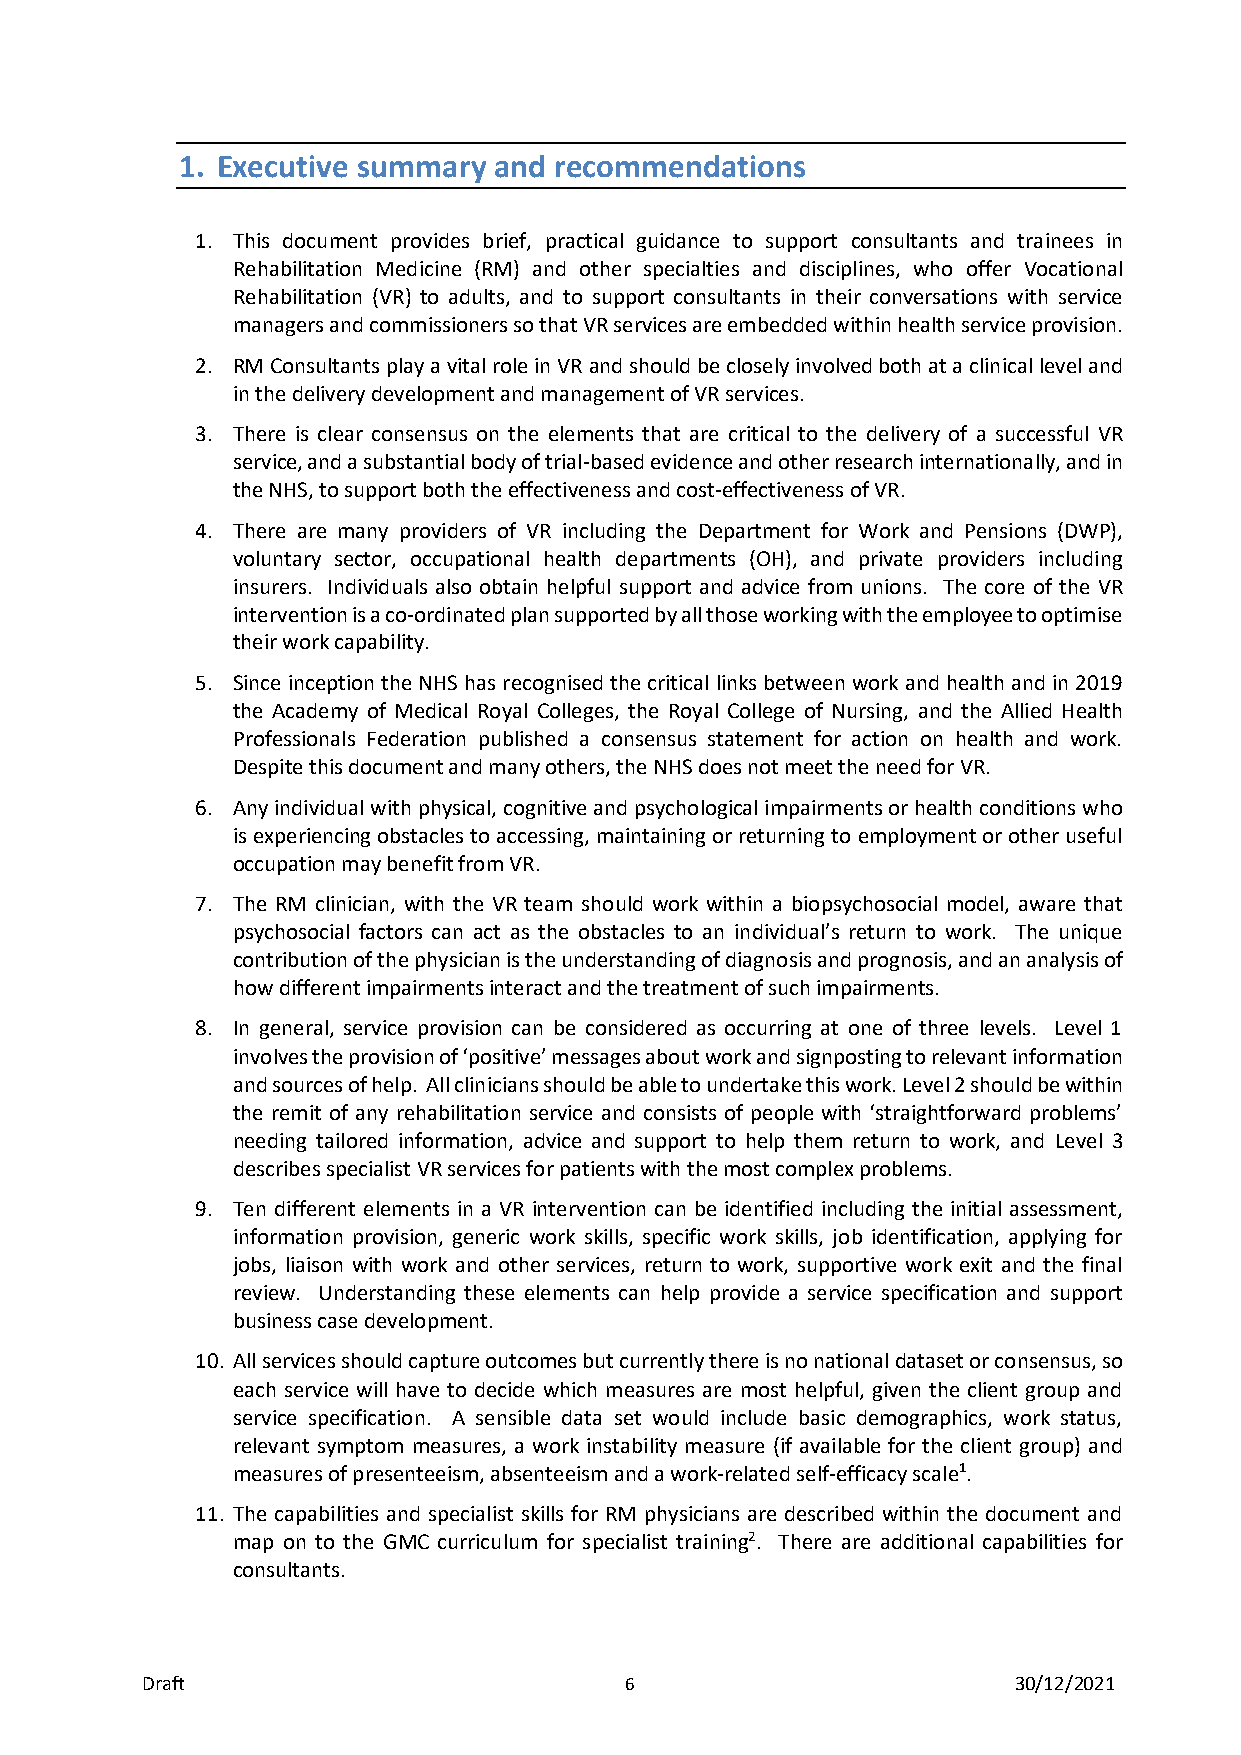
1. Executive summary and recommendations
 1. This document provides brief, practical guidance to support consultants and trainees in
 Rehabilitation Medicine (RM) and other specialties and disciplines, who offer Vocational
 Rehabilitation (VR) to adults, and to support consultants in their conversations with service
 managers and commissioners so that VR services are embedded within health service provision.
 2. RM Consultants play a vital role in VR and should be closely involved both at a clinical level and
 in the delivery development and management of VR services.
 3. There is clear consensus on the elements that are critical to the delivery of a successful VR
 service, and a substantial body of trial-based evidence and other research internationally, and in
 the NHS, to support both the effectiveness and cost-effectiveness of VR.
 4. There are many providers of VR including the Department for Work and Pensions (DWP),
 voluntary sector, occupational health departments (OH), and private providers including
 insurers. Individuals also obtain helpful support and advice from unions. The core of the VR
 intervention is a co-ordinated plan supported by all those working with the employee to optimise
 their work capability.
 5. Since inception the NHS has recognised the critical links between work and health and in 2019
 the Academy of Medical Royal Colleges, the Royal College of Nursing, and the Allied Health
 Professionals Federation published a consensus statement for action on health and work.
 Despite this document and many others, the NHS does not meet the need for VR.
 6. Any individual with physical, cognitive and psychological impairments or health conditions who
 is experiencing obstacles to accessing, maintaining or returning to employment or other useful
 occupation may benefit from VR.
 7. The RM clinician, with the VR team should work within a biopsychosocial model, aware that
 psychosocial factors can act as the obstacles to an individual’s return to work. The unique
 contribution of the physician is the understanding of diagnosis and prognosis, and an analysis of
 how different impairments interact and the treatment of such impairments.
 8. In general, service provision can be considered as occurring at one of three levels. Level 1
 involves the provision of ‘positive’ messages about work and signposting to relevant information
 and sources of help. All clinicians should be able to undertake this work. Level 2 should be within
 the remit of any rehabilitation service and consists of people with ‘straightforward problems’
 needing tailored information, advice and support to help them return to work, and Level 3
 describes specialist VR services for patients with the most complex problems.
 9. Ten different elements in a VR intervention can be identified including the initial assessment,
 information provision, generic work skills, specific work skills, job identification, applying for
 jobs, liaison with work and other services, return to work, supportive work exit and the final
 review. Understanding these elements can help provide a service specification and support
 business case development.
 10. All services should capture outcomes but currently there is no national dataset or consensus, so
 each service will have to decide which measures are most helpful, given the client group and
 service specification. A sensible data set would include basic demographics, work status,
 relevant symptom measures, a work instability measure (if available for the client group) and
 measures of presenteeism, absenteeism and a work-related self-efficacy scale1.
 11. The capabilities and specialist skills for RM physicians are described within the document and
 map on to the GMC curriculum for specialist training2. There are additional capabilities for
 consultants.
 Draft                           6                         30/12/2021